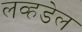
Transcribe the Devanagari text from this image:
लव्हडेल